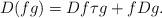
LaTeX: \begin{align*} D(fg) = Df \tau g + fDg . \end{align*}